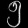
Digit: ၅